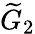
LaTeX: {\widetilde{G}}_{2}